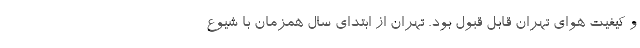
و کیفیت هوای تهران قابل قبول بود. تهران از ابتدای سال همزمان با شیوع